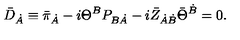
\bar { D } _ { \dot { A } } \equiv \bar { \pi } _ { \dot { A } } - i \Theta ^ { B } P _ { B \dot { A } } - i \bar { Z } _ { \dot { A } \dot { B } } \bar { \Theta } ^ { \dot { B } } = 0 .